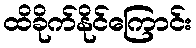
ထိခိုက်နိုင်ကြောင်း